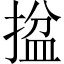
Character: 𢱔